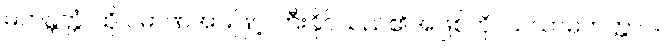
မဟန္တတ္တံ၊ ထို ပမာဏအားဖြင့် ကြီးနိုင်သည်၏အဖြစ်ကို။ သသာမိတတ္တာဝ၊